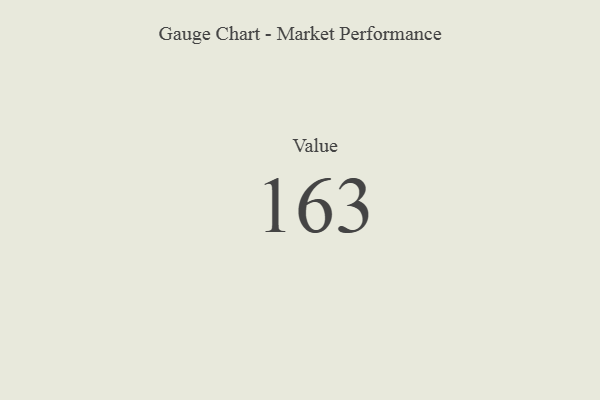
{"axis": {"x": "Metric", "y": "Value"}, "legend": [""], "data": [{"x": "Value", "y": 163, "type": ""}]}